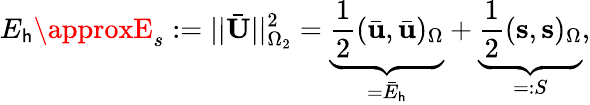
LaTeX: E_{\mathsf{h}}\approxE_{s}:=||\bar{{\mathbf{{U}}}}||_{\Omega_{2}}^{2}=\underbrace{{\frac{{1}}{{2}}(\bar{{\mathbf{{u}}}},\bar{{\mathbf{{u}}}})_{\Omega}}}_{=\bar{{E}}_{\mathsf{h}}}+\underbrace{{\frac{{1}}{{2}}(\mathbf{{s}},\mathbf{{s}})_{\Omega}}}_{=:S},